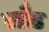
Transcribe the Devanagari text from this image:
ब्लैड